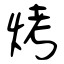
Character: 烤